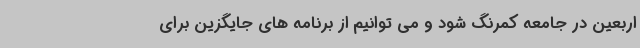
اربعین در جامعه کمرنگ شود و می توانیم از برنامه های جایگزین برای